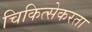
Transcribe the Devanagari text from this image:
चिकित्सेकरता